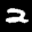
Label: 2